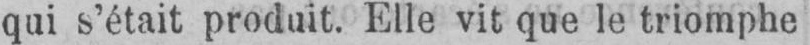
qui s’était produit. Elle vit que le triomphe